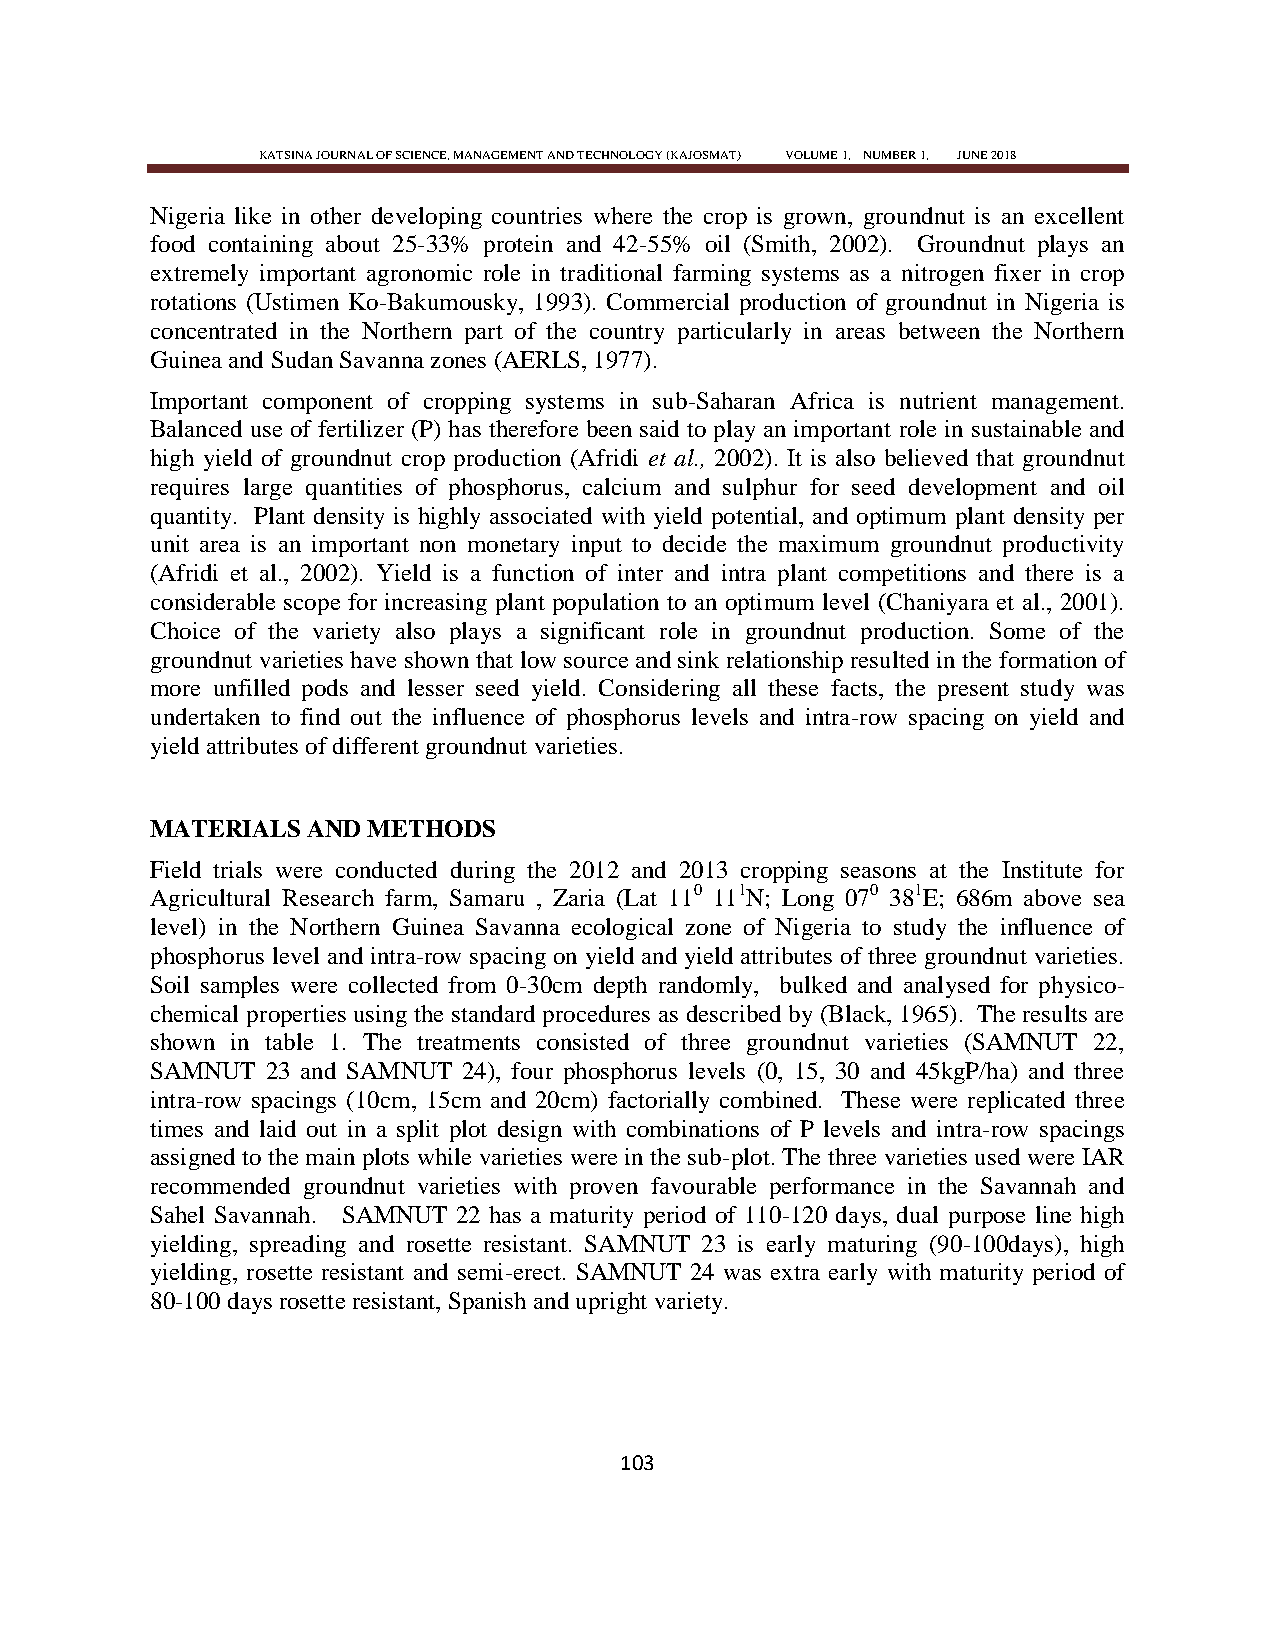
KATSINA JOURNAL OF SCIENCE, MANAGEMENT AND TECHNOLOGY (KAJOSMAT) VOLUME 1, NUMBER 1, JUNE 2018
 Nigeria like in other developing countries where the crop is grown, groundnut is an excellent
 food containing about 25-33% protein and 42-55% oil (Smith, 2002). Groundnut plays an
 extremely important agronomic role in traditional farming systems as a nitrogen fixer in crop
 rotations (Ustimen Ko-Bakumousky, 1993). Commercial production of groundnut in Nigeria is
 concentrated in the Northern part of the country particularly in areas between the Northern
 Guinea and Sudan Savanna zones (AERLS, 1977).
 Important component of cropping systems in sub-Saharan Africa is nutrient management.
 Balanced use of fertilizer (P) has therefore been said to play an important role in sustainable and
 high yield of groundnut crop production (Afridi et al., 2002). It is also believed that groundnut
 requires large quantities of phosphorus, calcium and sulphur for seed development and oil
 quantity. Plant density is highly associated with yield potential, and optimum plant density per
 unit area is an important non monetary input to decide the maximum groundnut productivity
 (Afridi et al., 2002). Yield is a function of inter and intra plant competitions and there is a
 considerable scope for increasing plant population to an optimum level (Chaniyara et al., 2001).
 Choice of the variety also plays a significant role in groundnut production. Some of the
 groundnut varieties have shown that low source and sink relationship resulted in the formation of
 more unfilled pods and lesser seed yield. Considering all these facts, the present study was
 undertaken to find out the influence of phosphorus levels and intra-row spacing on yield and
 yield attributes of different groundnut varieties.
 MATERIALS AND METHODS
 Field trials were conducted during the 2012 and 2013 cropping seasons at the Institute for
 Agricultural Research farm, Samaru , Zaria (Lat 110 111N; Long 070 381E; 686m above sea
 level) in the Northern Guinea Savanna ecological zone of Nigeria to study the influence of
 phosphorus level and intra-row spacing on yield and yield attributes of three groundnut varieties.
 Soil samples were collected from 0-30cm depth randomly, bulked and analysed for physico-
 chemical properties using the standard procedures as described by (Black, 1965). The results are
 shown in table 1. The treatments consisted of three groundnut varieties (SAMNUT 22,
 SAMNUT  23 and SAMNUT 24), four phosphorus levels (0, 15, 30 and 45kgP/ha) and three
 intra-row spacings (10cm, 15cm and 20cm) factorially combined. These were replicated three
 times and laid out in a split plot design with combinations of P levels and intra-row spacings
 assigned to the main plots while varieties were in the sub-plot. The three varieties used were IAR
 recommended groundnut varieties with proven favourable performance in the Savannah and
 Sahel Savannah. SAMNUT 22 has a maturity period of 110-120 days, dual purpose line high
 yielding, spreading and rosette resistant. SAMNUT 23 is early maturing (90-100days), high
 yielding, rosette resistant and semi-erect. SAMNUT 24 was extra early with maturity period of
 80-100 days rosette resistant, Spanish and upright variety.
 103